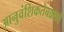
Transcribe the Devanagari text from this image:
आनुवंशिकतेबद्दलचे